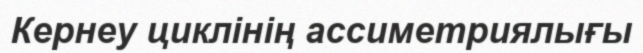
Кернеу циклінің ассиметриялығы